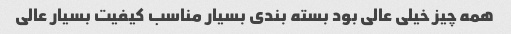
همه چیز خیلی عالی بود بسته بندی بسیار مناسب کیفیت بسیار عالی